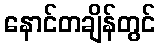
နောင်တချိန်တွင်